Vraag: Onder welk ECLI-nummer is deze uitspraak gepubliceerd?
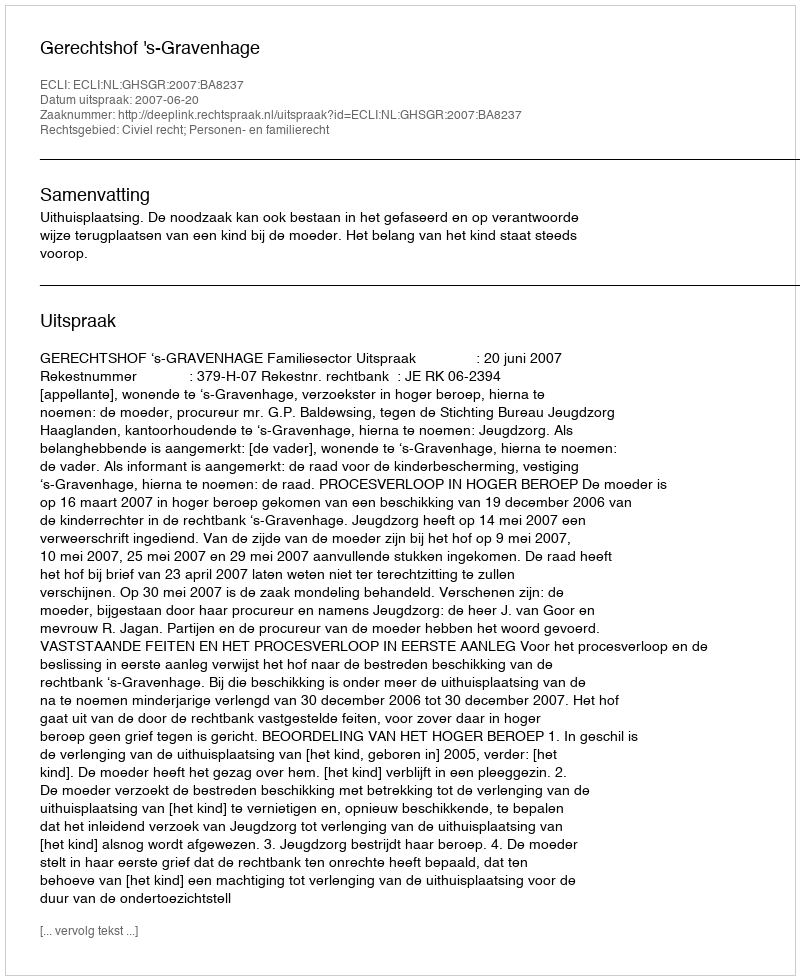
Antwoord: ECLI:NL:GHSGR:2007:BA8237